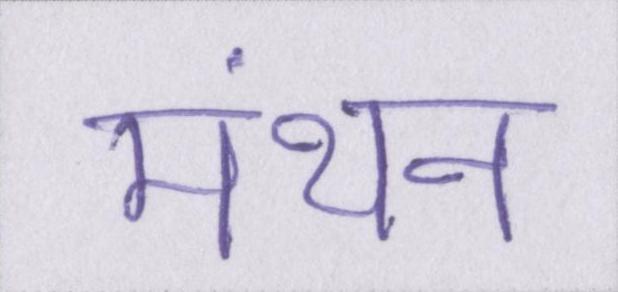
मंथन